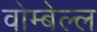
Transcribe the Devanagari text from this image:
वोम्बेल्ल